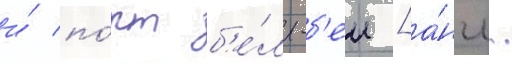
и́ по́рт б'е́лл-б'еи [а́нгл.